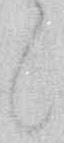
々